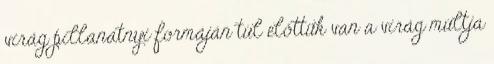
virág pillanatnyi formáján túl előttük van a virág múltja